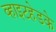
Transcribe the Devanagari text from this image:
व्हाइटहेडके